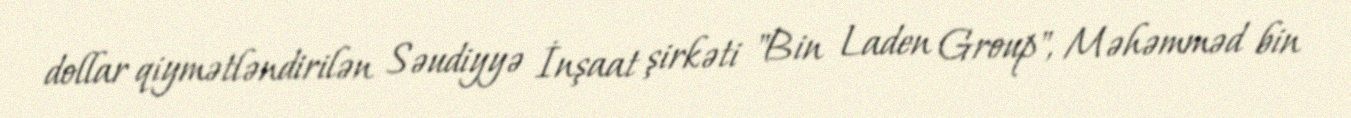
dollar qiymətləndirilən Səudiyyə İnşaat şirkəti "Bin Laden Group", Məhəmməd bin